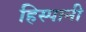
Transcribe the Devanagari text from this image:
हिस्पानी